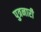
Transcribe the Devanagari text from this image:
पुत्रनारी